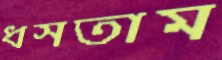
ধসতাম